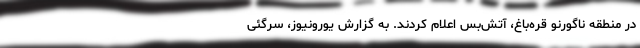
در منطقه ناگورنو قره‌باغ، آتش‌بس اعلام کردند. به گزارش یورونیوز، سرگئی